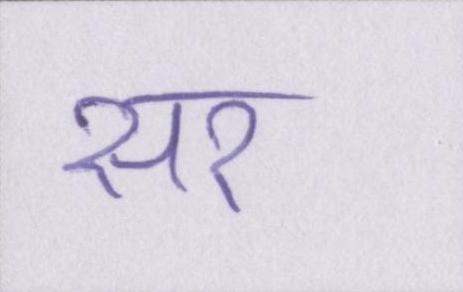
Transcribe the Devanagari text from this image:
सर